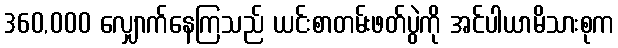
360,000 လျှောက်နေကြသည် ယင်းစာတမ်းဖတ်ပွဲကို အင်ပါယာမိသားစုက